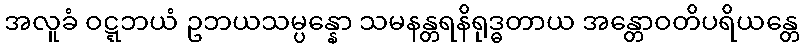
အလူခံ ဝဋ္ဋဘယံ ဥဘယသမ္ပန္နော သမနန္တရနိရုဒ္ဓတာယ အန္တောဝတိပရိယန္တေ